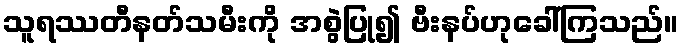
သူရဿတီနတ်သမီးကို အစွဲပြု၍ ဗီးနပ်ဟုခေါ်ကြသည်။